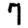
Digit: 7